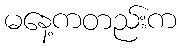
မနေ့ကတည်းက